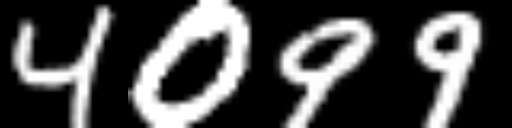
Text: 4099